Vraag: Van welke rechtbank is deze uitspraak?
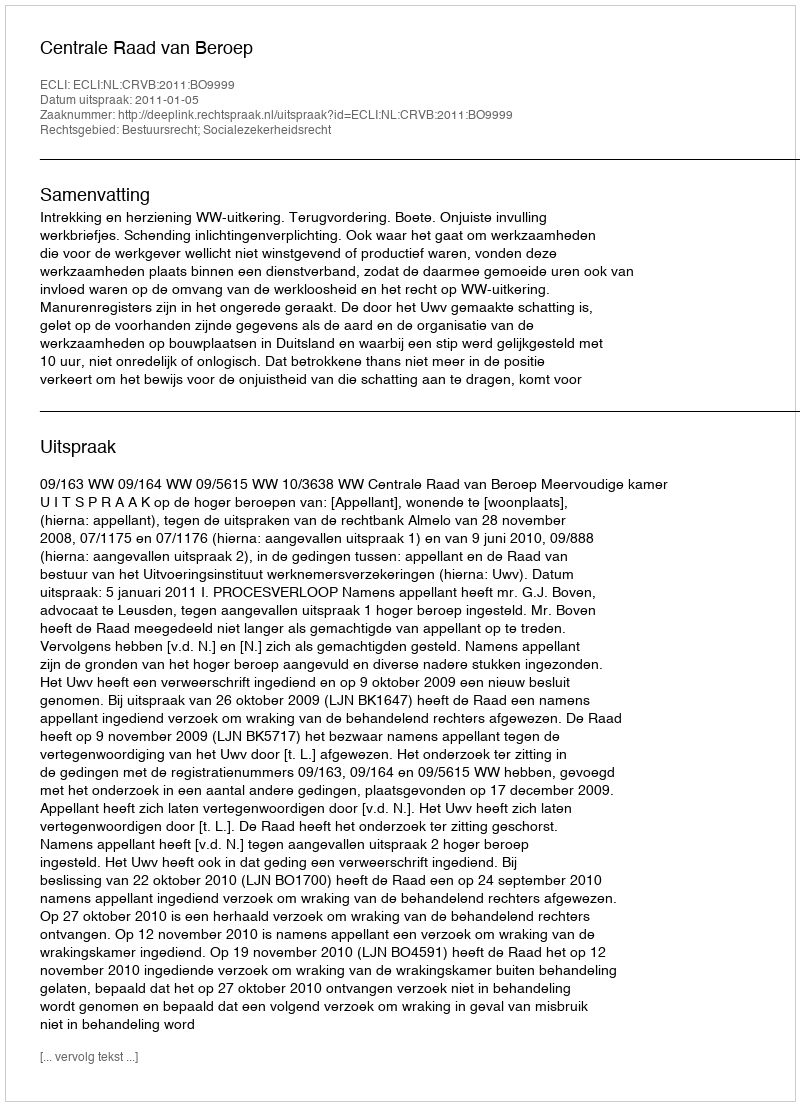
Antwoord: Centrale Raad van Beroep